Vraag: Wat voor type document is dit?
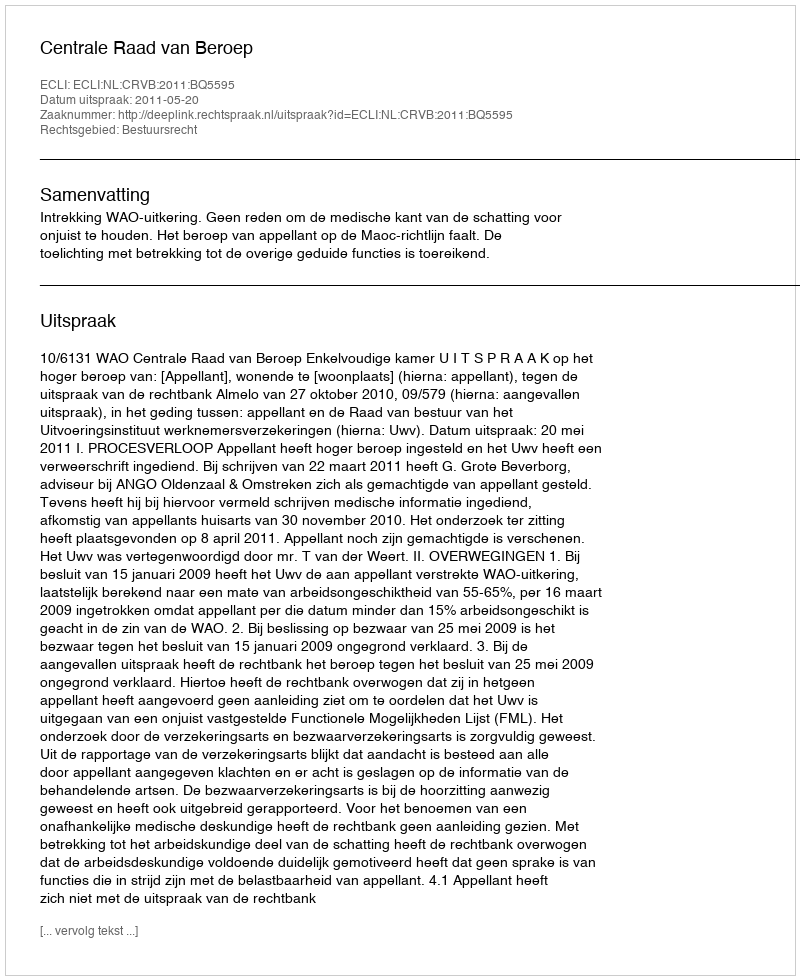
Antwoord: Uitspraak